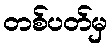
တစ်ပတ်မှ